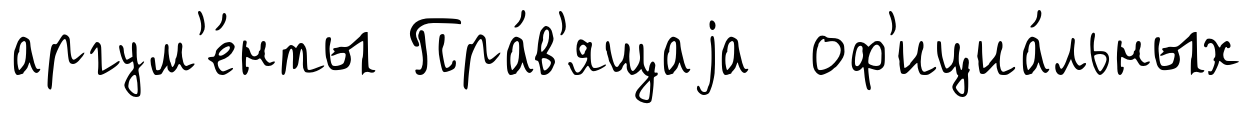
аргум'е́нты Пра́в'ящаjа оф'ициа́льных